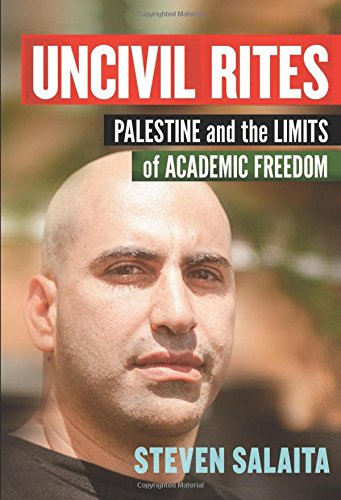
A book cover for Uncivil Rites: Palestine and the Limits of Academic Freedom; Steven Salaita; Biographies & Memoirs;